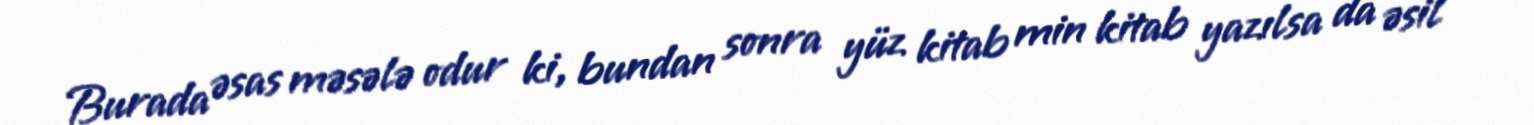
Burada əsas məsələ odur ki, bundan sonra yüz kitab min kitab yazılsa da əsil